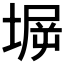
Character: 𰊋